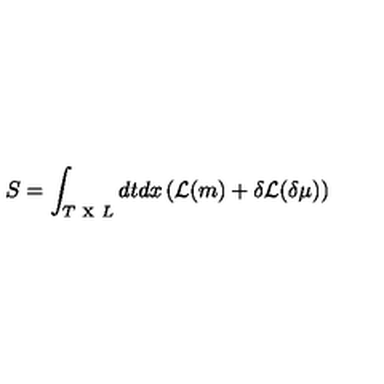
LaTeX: S = \int _ { T \textrm { x } L } d t d x \left( { \cal { \mathcal { L } } } ( m ) + \delta { \cal { \mathcal { L } } } ( \delta \mu ) \right)